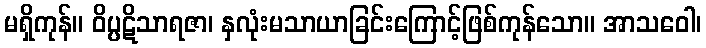
မရှိကုန်။ ဝိပ္ပဋိသာရဇာ၊ နှလုံးမသာယာခြင်းကြောင့်ဖြစ်ကုန်သော။ အာသဝေါ၊